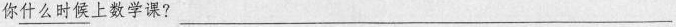
你\underline{什么时候}上数学课? ___